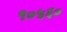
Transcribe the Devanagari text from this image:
१०५६०